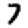
Digit: 7